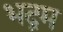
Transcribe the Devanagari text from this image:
भद्रम